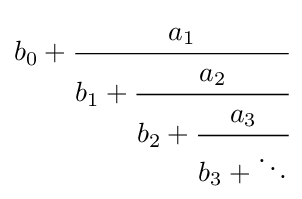
b_{0}+{\cfrac {a_{1}}{b_{1}+{\cfrac {a_{2}}{b_{2}+{\cfrac {a_{3}}{b_{3}+\ddots }}}}}}